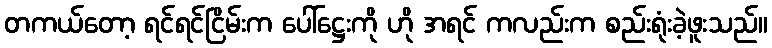
တကယ်တော့ ရင်ရင်ငြိမ်းက ပေါ်ဋ္ဌေးကို ဟို အရင် ကလည်းက စည်းရုံးခဲ့ဖူးသည်။